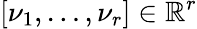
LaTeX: \left[\nu_{1},\ldots,\nu_{r}\right]\in\mathbb{R}^{r}